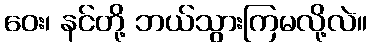
ဝေး၊ နင်တို့ ဘယ်သွားကြမလို့လဲ။